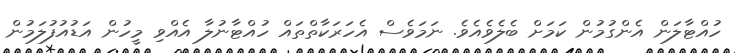
ހުއްޓާލަން އެންގުމުން ކަމަށް ބެލެވެއެވެ. ނަމަވެސް އެހަރަކާތްތައް ހުއްޓާނުލާ އެއްވި މީހުން އަޑުއުފުލަމުން